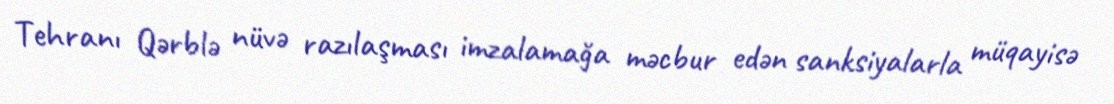
Tehranı Qərblə nüvə razılaşması imzalamağa məcbur edən sanksiyalarla müqayisə